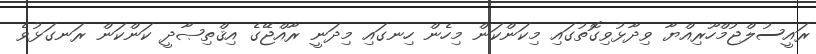
ރައީސުލްޖުމްހޫރިއްޔާ ވިދާޅުވިގޮތުގައި މިކަންކަން މިހެން ހިނގައި މިދަނީ ރާއްޖޭގެ އިޤްތިޞާދީ ކަންކަން ރަނގަޅުވެ